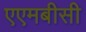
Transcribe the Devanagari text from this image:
एएमबीसी